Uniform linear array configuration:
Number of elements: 48
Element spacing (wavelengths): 1
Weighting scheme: blackman
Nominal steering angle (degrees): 45
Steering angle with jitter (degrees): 43.272
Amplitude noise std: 0.05
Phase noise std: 0.05

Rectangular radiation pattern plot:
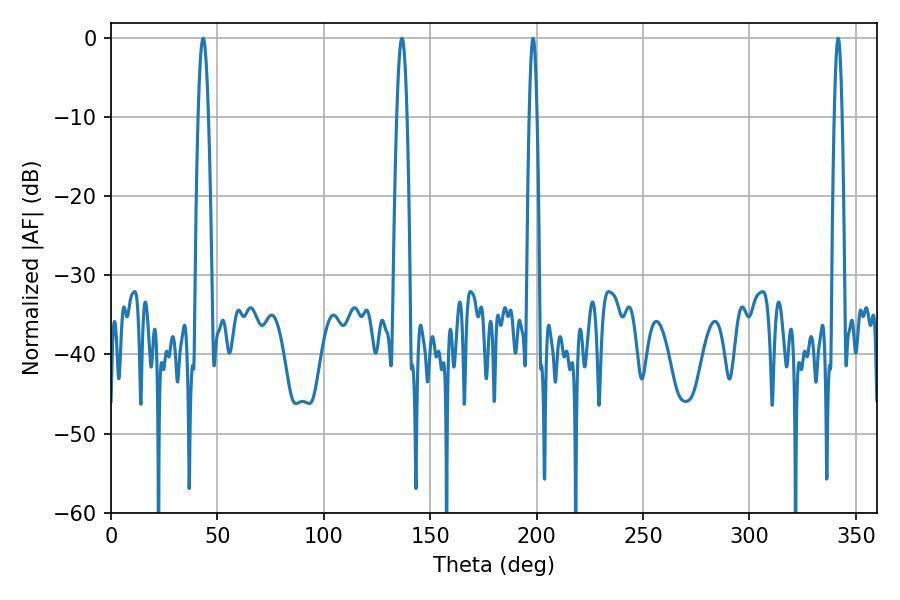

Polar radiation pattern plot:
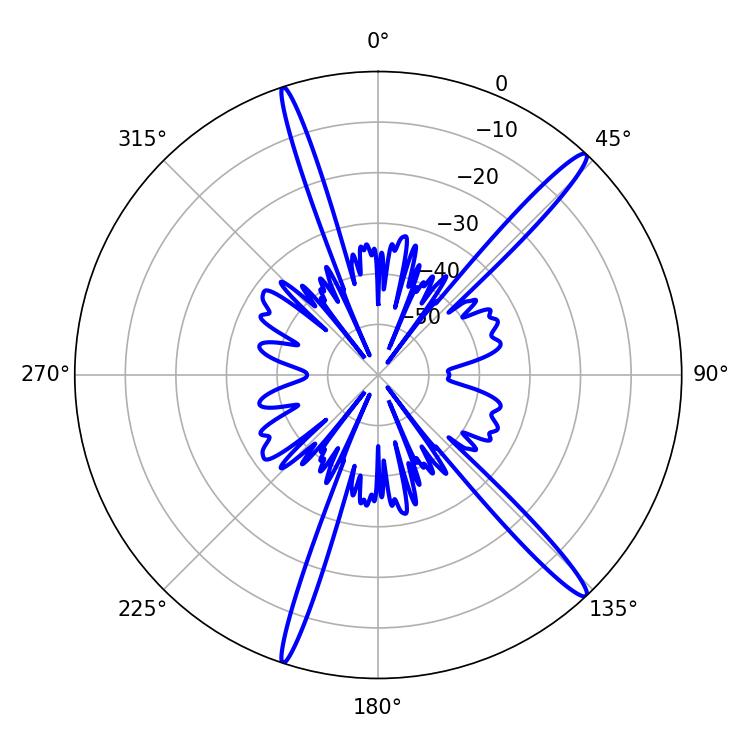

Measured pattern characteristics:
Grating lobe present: TRUE
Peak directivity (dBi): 16.469
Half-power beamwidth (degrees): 1.98
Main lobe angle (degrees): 198.36